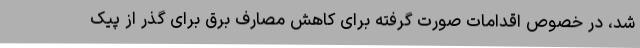
شد، در خصوص اقدامات صورت گرفته برای کاهش مصارف برق برای گذر از پیک